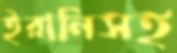
ইরানিসহ